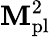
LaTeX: \mathbf{M}_{\mathrm{{{pl}}}}^{2}